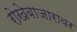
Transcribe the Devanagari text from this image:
रोखेबाजारावर